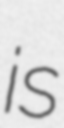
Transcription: is